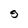
Character: S